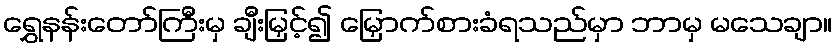
ရွှေနန်းတော်ကြီးမှ ချီးမြှင့်၍ မြှောက်စားခံရသည်မှာ ဘာမှ မသေချာ။